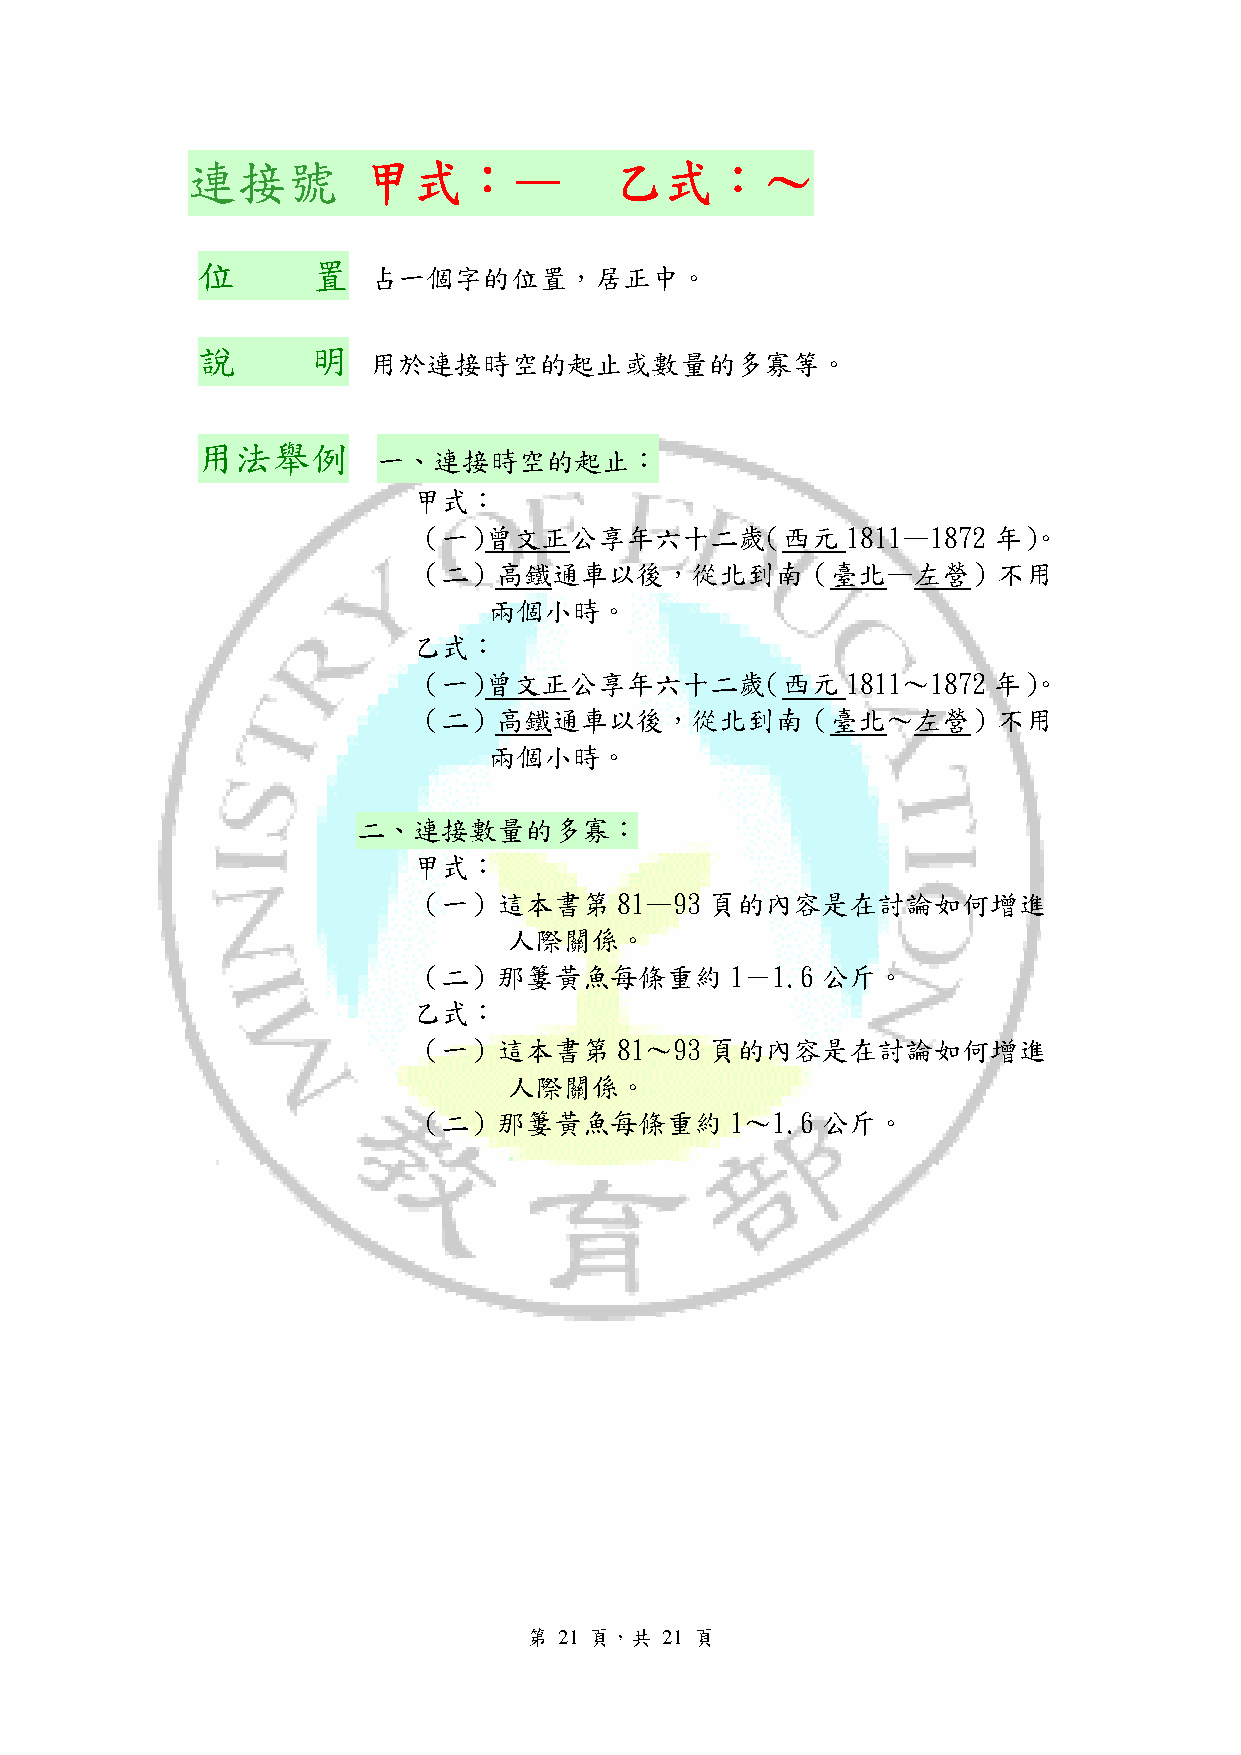
連接號         甲式：—             乙式：～
 位       置
 占一個字的位置，居正中。
 說       明
 用於連接時空的起止或數量的多寡等。
 用法舉例
 一、連接時空的起止：
 甲式：
 （一）曾文正公享年六十二歲（西元             1811—1872 年）。
 （二）高鐵通車以後，從北到南（臺北—左營）不用
 兩個小時。
 乙式：
 （一）曾文正公享年六十二歲（西元             1811～1872 年）。
 （二）高鐵通車以後，從北到南（臺北～左營）不用
 兩個小時。
 二、連接數量的多寡：
 甲式：
 （一）這本書第       81—93 頁的內容是在討論如何增進
 人際關係。
 （二）那簍黃魚每條重約          1－1.6 公斤。
 乙式：
 （一）這本書第       81～93 頁的內容是在討論如何增進
 人際關係。
 （二）那簍黃魚每條重約          1～1.6 公斤。
 第 21 頁，共 21 頁